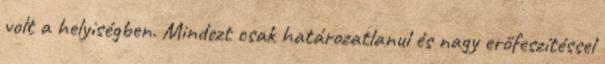
volt a helyiségben. Mindezt csak határozatlanul és nagy erőfeszítéssel